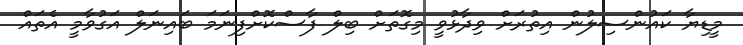
މީޑިޔާ ކައުންސިލުން އިތުރަށް ވިދާޅުވީ މިގޮތަށް ބިލް ފާސްކޮށްފިނަމަ ބައިނަލް އަގުވާމީ އެތައް